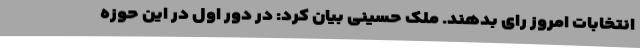
انتخابات امروز رای بدهند. ملک حسینی بیان کرد: در دور اول در این حوزه